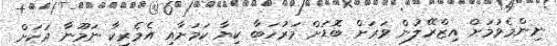
ނިންމެވުމަށް އިޒްރޭލުން ވަރަށް ބޮޑަށް މަރުހަބާ ކިޔާ ކަމަށާއި އެމެރިކާ ނަމޫނާ އަކަށް